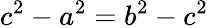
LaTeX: c^{2}-a^{2}=b^{2}-c^{2}